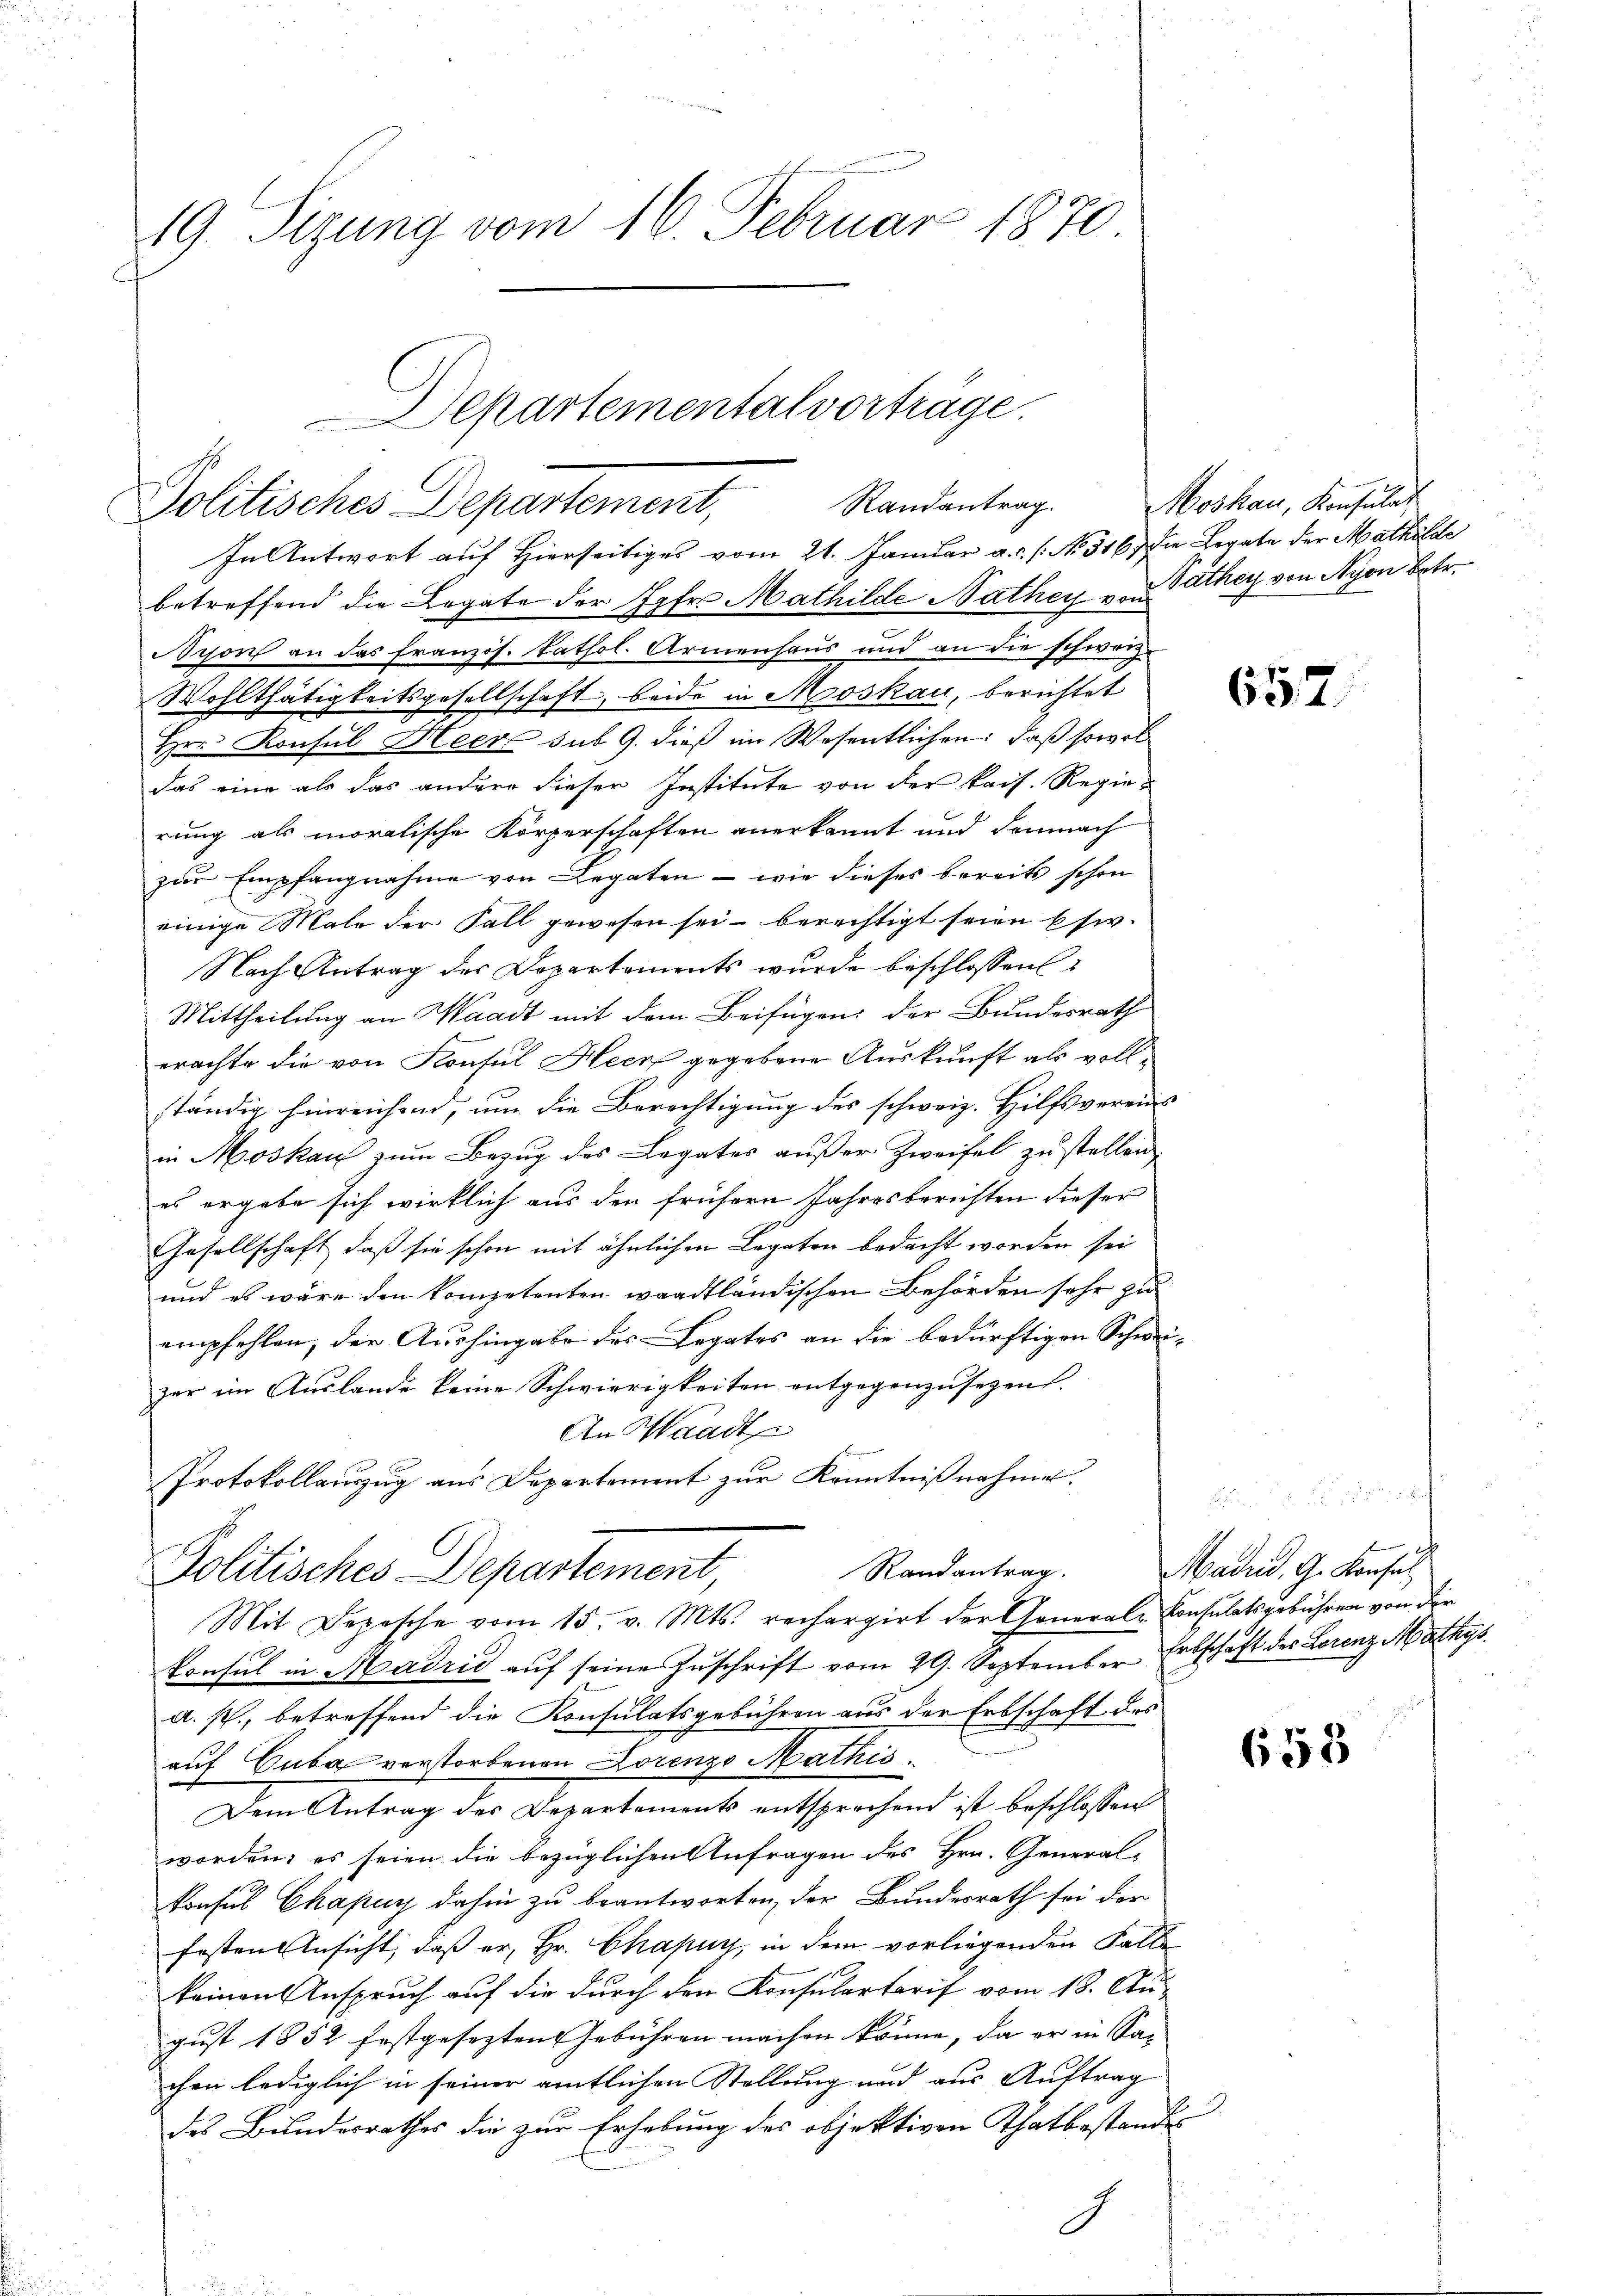
49. Sizung vom 16. Februar 1870

Departemental vorträge.
Randantrag.
Politisches Departement,

In Antwort auf Hierseitiges vom 21. Januar a.c. s. No. 516. die Legate der Mathilde
betreffend die Legate der Jgfr. Mathilde Nathey zu Pathey von Nyon betr.
Nyon an das französ. kathol. Armenhaus und an die schweiz.
Wohlthätigkeitsgesellschaft, beide in Moskau, berichtet
Hrn. Konsul Heer sub 9. dieß im Wesentlichen: daß sowol
das eine als das andere dieser Institute von der kais. Regierung als moralische Körperschaften anerkannt und demnach
zur Empfangnahme von Legaten - wie dieses bereits schon
einige Male der Fall gewesen sei berechtigt seien bsw.
Nach Antrag der Departements wurde beschlossen
Mittheilung an Waadt mit dem Beifügen der Bundesrath
erachte die von Konsul Heer gegebene Auskunft als vollständig hinreichend, um die Berechtigung des schweiz. Hilfsvereins
in Moskau zum Bezug des Legates außer Zweifel zu stellen,
es ergebe sich wirklich aus den frühern Jahresberichten dieser
Gesellschaft, daß sie schon mit ähnlichen Legaten bedacht worden sei
und es wäre den kompetenten waadtländischen Behörden sehr zu
empfehlen, der Aushingabe des Legates an die bedürftigen Schwi-
zer im Auslande keine Schwierigkeiten entgegenzusehen.
An Waadt
Protokollauszug aus Departement zur Kenntnißnahme.
Politisches Departement, Randentrag.
Mit Depesche vom 15. v. Mts. rechargirt der General-Consulatsgebühren von der
konsul in Madrid aŭf seine Zuschrift vom 29. September Erbschäft des Lorenz Mathys
a. s., betreffend die Konsulatsgebühren aus der Erbschaft des
auf Cuba verstorbenen Lorenzo Mathis
Dem Antrag des Departements entsprechend ist beschlossen
worden; es seien die bezüglichen Anfragen des Hrn. General-
konsus Chapuy dahin zu beantworten, der Bundesrath sei der
fosten Ansicht, daß er, Hr. Chapuy, in dem vorliegenden Falle
keinen Anspruch auf die durch den Konsulartarif vom 13. Au-
gust 1852 festgesezten Gebühren machen könne, da er in Sachen lediglich in seiner amtlichen Stellung und aus Auftrag
des Bundesrathes die zur Erhebung des objektiven Thatbestandes

.

Moskau, Konsulat

657.

Madrid, G. Konsul

658